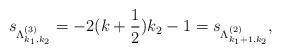
\begin{align*}s_{\Lambda^{(3)}_{k_1,k_2}}=-2(k+\frac{1}{2})k_2-1 = s_{\Lambda^{(2)}_{k_1+1,k_2}},\end{align*}